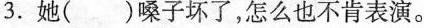
3.她( )嗓子坏了，怎么也不肯表演。